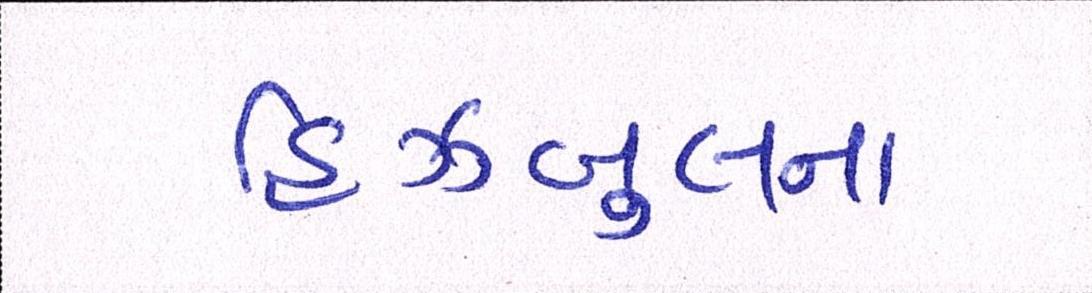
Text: હિઝબુલના